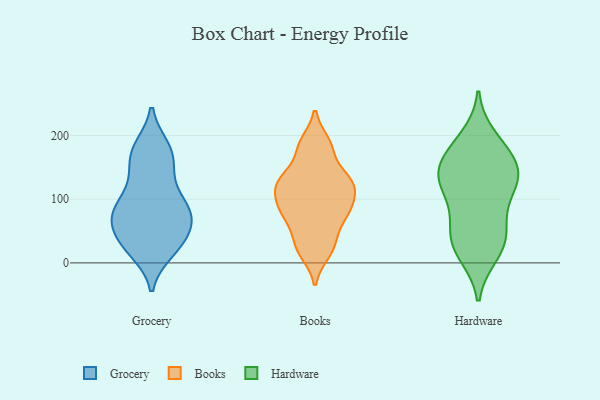
{"axis": {"x": "Net Income (USD K)", "y": "Value"}, "legend": ["Books", "Grocery", "Hardware"], "data": [{"x": "", "y": 180, "type": "Grocery"}, {"x": "", "y": 171, "type": "Grocery"}, {"x": "", "y": 72, "type": "Grocery"}, {"x": "", "y": 72, "type": "Grocery"}, {"x": "", "y": 83, "type": "Grocery"}, {"x": "", "y": 171, "type": "Grocery"}, {"x": "", "y": 19, "type": "Grocery"}, {"x": "", "y": 32, "type": "Grocery"}, {"x": "", "y": 139, "type": "Grocery"}, {"x": "", "y": 89, "type": "Grocery"}, {"x": "", "y": 29, "type": "Grocery"}, {"x": "", "y": 104, "type": "Grocery"}, {"x": "", "y": 138, "type": "Grocery"}, {"x": "", "y": 28, "type": "Grocery"}, {"x": "", "y": 56, "type": "Grocery"}, {"x": "", "y": 66, "type": "Grocery"}, {"x": "", "y": 28, "type": "Grocery"}, {"x": "", "y": 87, "type": "Grocery"}, {"x": "", "y": 177, "type": "Grocery"}, {"x": "", "y": 77, "type": "Grocery"}, {"x": "", "y": 119, "type": "Books"}, {"x": "", "y": 15, "type": "Books"}, {"x": "", "y": 128, "type": "Books"}, {"x": "", "y": 21, "type": "Books"}, {"x": "", "y": 51, "type": "Books"}, {"x": "", "y": 82, "type": "Books"}, {"x": "", "y": 85, "type": "Books"}, {"x": "", "y": 131, "type": "Books"}, {"x": "", "y": 83, "type": "Books"}, {"x": "", "y": 127, "type": "Books"}, {"x": "", "y": 94, "type": "Books"}, {"x": "", "y": 75, "type": "Books"}, {"x": "", "y": 133, "type": "Books"}, {"x": "", "y": 117, "type": "Books"}, {"x": "", "y": 172, "type": "Books"}, {"x": "", "y": 186, "type": "Books"}, {"x": "", "y": 34, "type": "Books"}, {"x": "", "y": 189, "type": "Books"}, {"x": "", "y": 64, "type": "Hardware"}, {"x": "", "y": 139, "type": "Hardware"}, {"x": "", "y": 197, "type": "Hardware"}, {"x": "", "y": 125, "type": "Hardware"}, {"x": "", "y": 120, "type": "Hardware"}, {"x": "", "y": 91, "type": "Hardware"}, {"x": "", "y": 132, "type": "Hardware"}, {"x": "", "y": 176, "type": "Hardware"}, {"x": "", "y": 160, "type": "Hardware"}, {"x": "", "y": 13, "type": "Hardware"}, {"x": "", "y": 180, "type": "Hardware"}, {"x": "", "y": 53, "type": "Hardware"}, {"x": "", "y": 19, "type": "Hardware"}, {"x": "", "y": 41, "type": "Hardware"}, {"x": "", "y": 29, "type": "Hardware"}, {"x": "", "y": 145, "type": "Hardware"}, {"x": "", "y": 131, "type": "Hardware"}]}